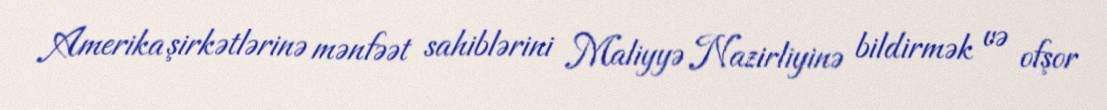
Amerika şirkətlərinə mənfəət sahiblərini Maliyyə Nazirliyinə bildirmək və ofşor